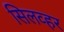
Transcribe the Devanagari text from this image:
सिलव्हर